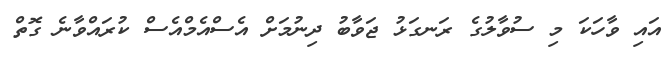
އައި ވާހަކަ މި ސުވާލުގެ ރަނގަޅު ޖަވާބު ދިނުމަށް އެސްއެމްއެސް ކުރައްވާނެ ގޮތް